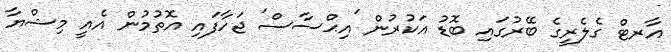
އާރޓް ގެލެރީގެ ބޭރުގައި ބޮޑު އަކުރުން 'އިޙްސާސް' ޖަހާފައި އޮތުމުން އެއީ މިޝްޔާ